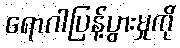
ရောဂါပြန့်ပွားမှုကို